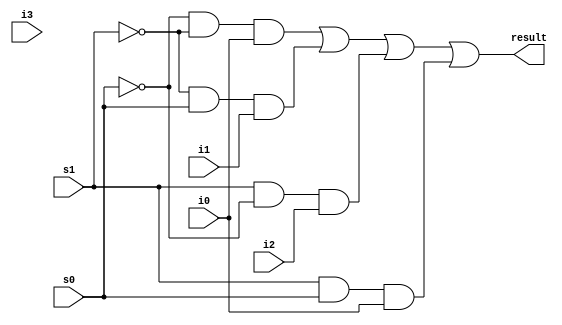
module multiplexer(s1, s0, i0, i1, i2, i3, result);
input s1, s0, i0, i1, i2, i3;
output result;

assign result = (~s0 & ~s1 & i0) | (~s1 & s0 & i1) | (s1 & ~s0 & i2) | (s1 & s0 & i0);
endmodule